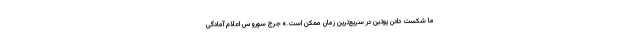
ما شکست دادن پوتین در سریع‌ترین زمان ممکن است.» جرج سوروس اعلام آمادگی